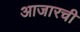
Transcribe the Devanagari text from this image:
आजारची